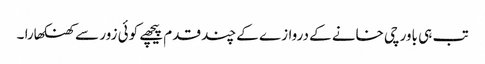
تب ہی باورچی خانے کے دروازے کے چند قدم پیچھے کوئی زور سے کھنکھارا ۔